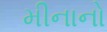
મીનાનો